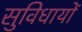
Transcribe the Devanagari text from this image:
सुविधायों